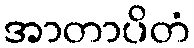
အာတာပိတံ